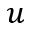
u